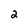
Character: 2